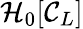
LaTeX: \mathcal{H}_{0}[\mathcal{C}_{L}]